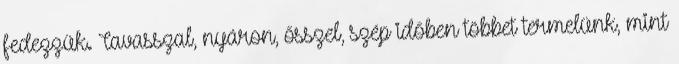
fedezzük. Tavasszal, nyáron, ősszel, szép időben többet termelünk, mint